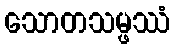
သောတသမ္ဖဿံ